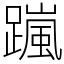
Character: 𨅏